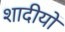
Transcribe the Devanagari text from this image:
शादीयों